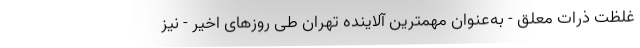
غلظت ذرات معلق - به‌عنوان مهمترین آلاینده تهران طی روزهای اخیر - نیز